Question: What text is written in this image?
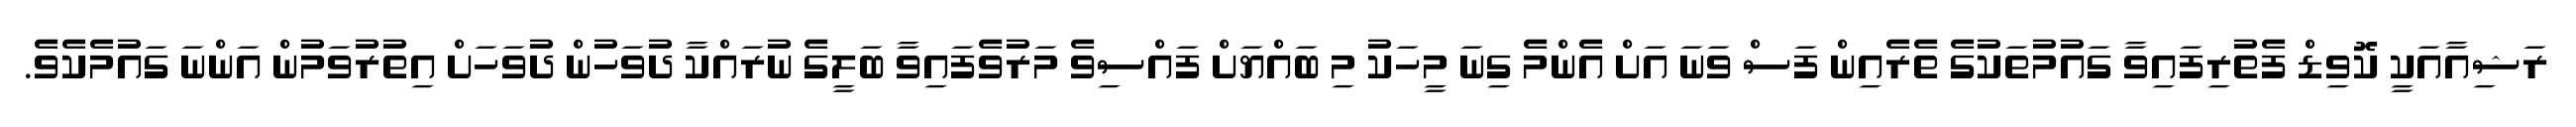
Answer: ރަޝިއާއަކީ ކޮވިޑް ފެތުރިފައިވާ ގައުމުތަކުގެ ތެރެއިން ފަސް ވަނަ އަށް އެންމެ ގިނަ މީހަކު މި ބައްޔަށް ފައްސިވެ މަރުވެފައިވާ ބަލީގެ ނުރައްކާ ދުވަހުން ދުވަހަށް އިތުރުވަމުން އަންނަ ގައުމެކެވެ.